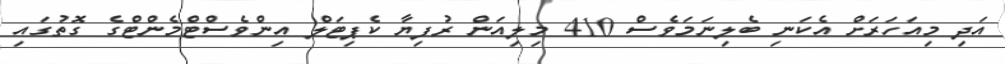
އަދި މިއަހަރަށް އެކަނި ބެލިނަމަވެސް 410 މިލިއަން ރުފިޔާ ކެޕިޓަލް އިންވެސްޓްމެންޓްގެ ގޮތުގައި